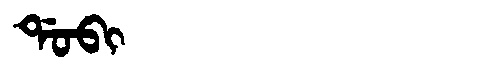
Manchu: ᡩᠣᠪᡳ
Romanization: DOBI